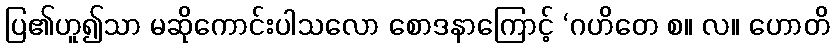
ပြ၏ဟူ၍သာ မဆိုကောင်းပါသလော စောဒနာကြောင့် ‘ဂဟိတေ စ။ လ။ ဟောတိ